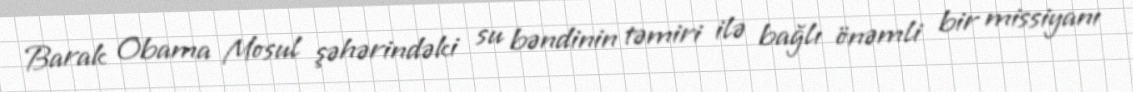
Barak Obama Mosul şəhərindəki su bəndinin təmiri ilə bağlı önəmli bir missiyanı